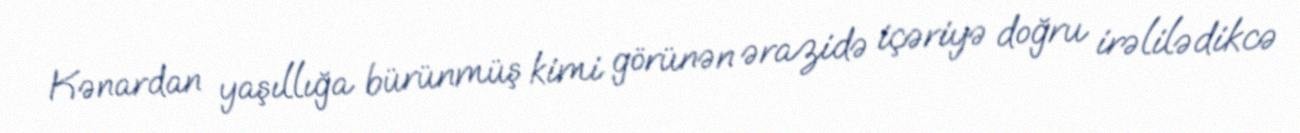
Kənardan yaşıllığa bürünmüş kimi görünən ərazidə içəriyə doğru irəlilədikcə